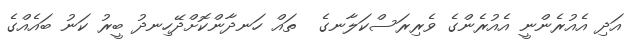
އަދި އެއުރެންނީ އެއުރެންގެ ވެރިރަސްކަލާނގެ  ތައް ހަނދާންކޮށްދޭހިނދު ބީރު ކަނު ބައެއްގެ